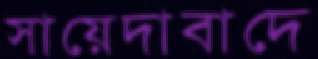
সায়েদাবাদে